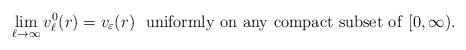
LaTeX: \begin{align*}\lim_{\ell\to\infty}v_\ell^0(r)=v_\varepsilon(r)\ \ {\rm uniformly\ on\ any\ compact\ subset\ of}\ [0,\infty).\end{align*}